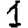
Digit: 1